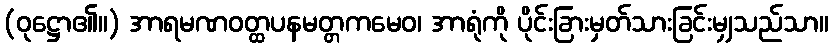
(ဝုဋ္ဌော၏။) အာရမဏဝတ္ထပနမတ္တကမေဝ၊ အာရုံကို ပိုင်းခြားမှတ်သားခြင်းမျှသည်သာ။